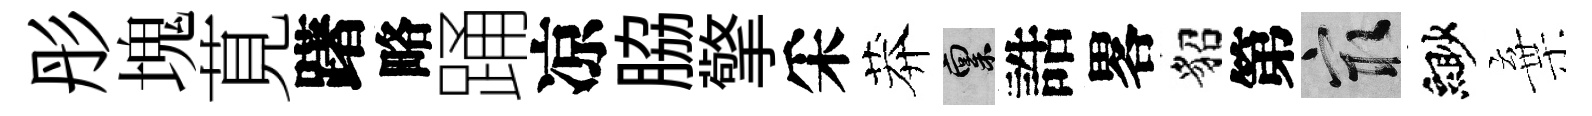
彤塊莧躇略踊凉脇擎采莽禀誥畧貂第冣緲棄